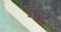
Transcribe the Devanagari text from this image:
गो्रे